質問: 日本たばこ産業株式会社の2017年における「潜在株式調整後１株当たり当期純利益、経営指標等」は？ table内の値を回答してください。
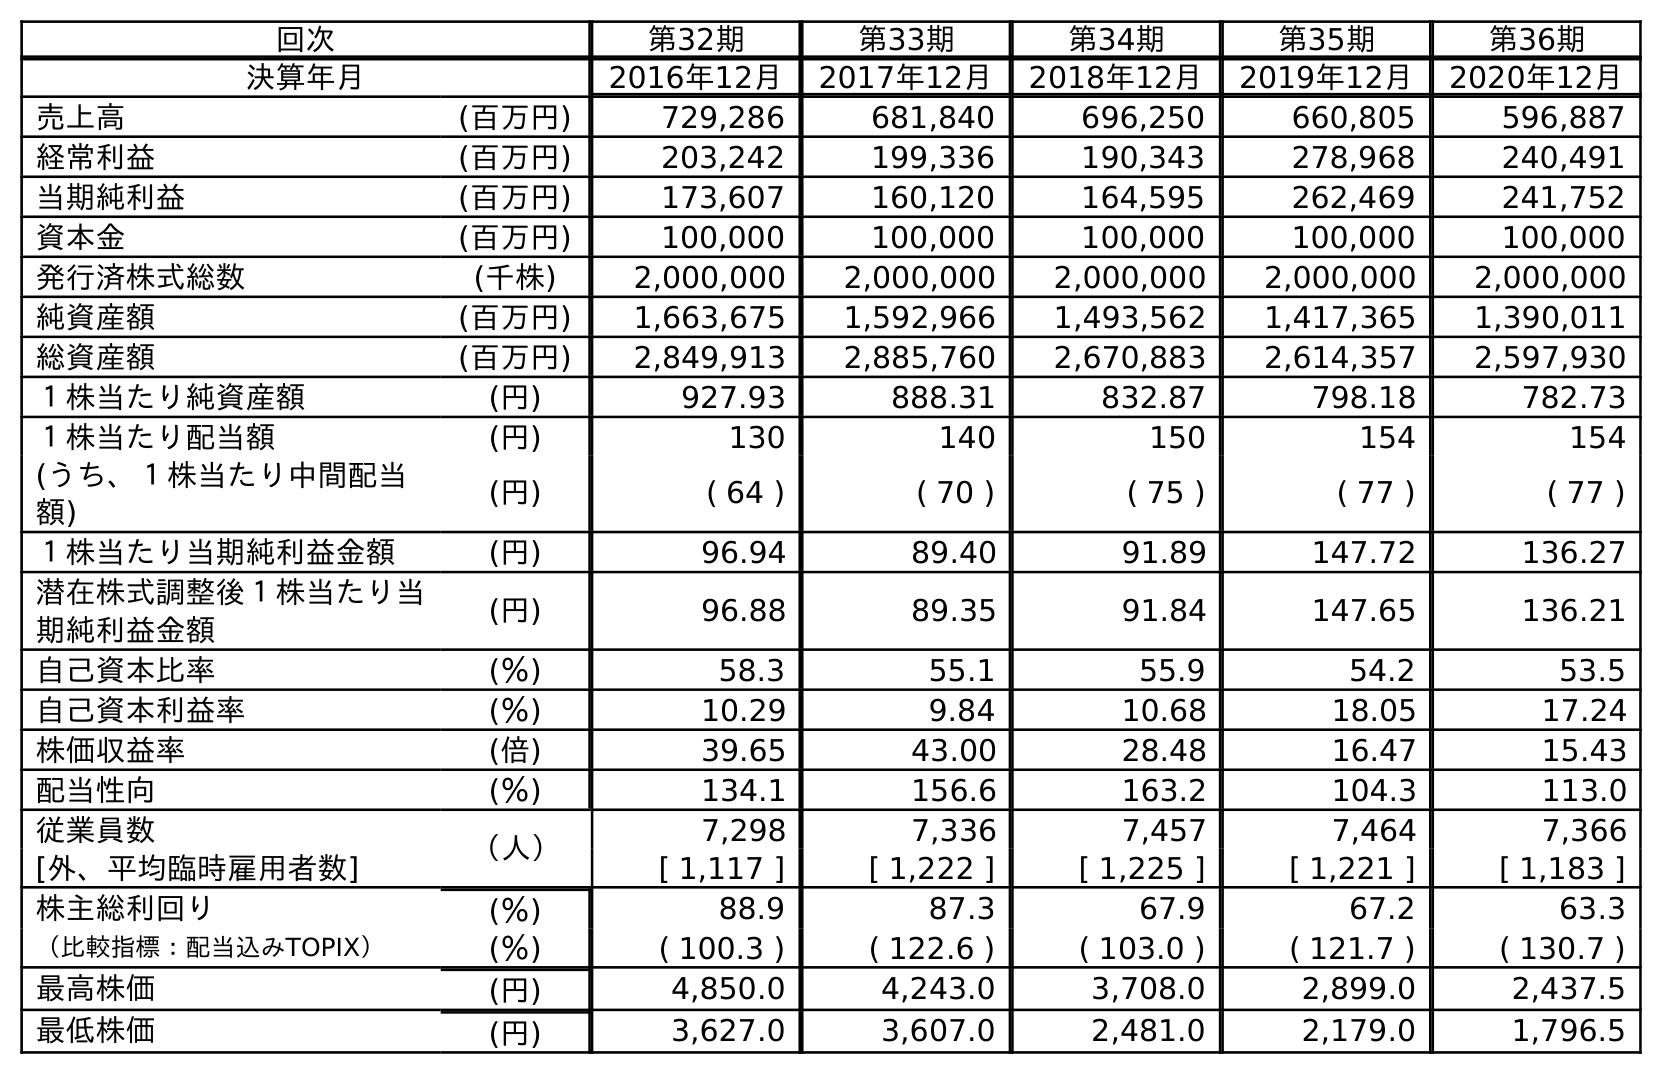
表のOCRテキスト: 回次 第32期 第33期 第34期 第35期 第36期 決算年月 2016年12月 2017年12月 2018年12月 2019年12月 2020年12月 売上高 (百万円) 729,286 681,840 696,250 660,805 596,887 経常利益 (百万円) 203,242 199,336 190,343 278,968 240,491 当期純利益 (百万円) 173,607 160,120 164,595 262,469 241,752 資本金 (百万円) 100,000 100,000 100,000 100,000 100,000 発行済株式総数 (千株) 2,000,000 2,000,000 2,000,000 2,000,000 2,000,000 純資産額 (百万円) 1,663,675 1,592,966 1,493,562 1,417,365 1,390,011 総資産額 (百万円) 2,849,913 2,885,760 2,670,883 2,614,357 2,597,930 １株当たり純資産額 (円) 927.93 888.31 832.87 798.18 782.73 １株当たり配当額 (円) 130 140 150 154 154 (うち、１株当たり中間配当 額) (円) ( 64 ) ( 70 ) ( 75 ) ( 77 ) ( 77 ) １株当たり当期純利益金額 (円) 96.94 89.40 91.89 147.72 136.27 潜在株式調整後１株当たり当 期純利益金額 (円) 96.88 89.35 91.84 147.65 136.21 自己資本比率 (％) 58.3 55.1 55.9 54.2 53.5 自己資本利益率 (％) 10.29 9.84 10.68 18.05 17.24 株価収益率 (倍) 39.65 43.00 28.48 16.47 15.43 配当性向 (％) 134.1 156.6 163.2 104.3 113.0 従業員数 （人） 7,298 7,336 7,457 7,464 7,366 [外、平均臨時雇用者数] [ 1,117 ] [ 1,222 ] [ 1,225 ] [ 1,221 ] [ 1,183 ] 株主総利回り (％) 88.9 87.3 67.9 67.2 63.3 （比較指標：配当込みTOPIX） (％) ( 100.3 ) ( 122.6 ) ( 103.0 ) ( 121.7 ) ( 130.7 ) 最高株価 (円) 4,850.0 4,243.0 3,708.0 2,899.0 2,437.5 最低株価 (円) 3,627.0 3,607.0 2,481.0 2,179.0 1,796.5
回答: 89.35